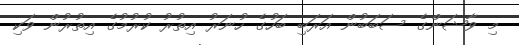
މި ވާޝަންގެ ސަބަބުން އަރަބި ބަހުގެ ހުނަރު އިތުރު ކުރުމުގެ އިތުރުން ވަކި